Annual report of the Punjab Veterinary College and of the Civil Veterinary Department, Punjab - 1926-1932
Year: 1926
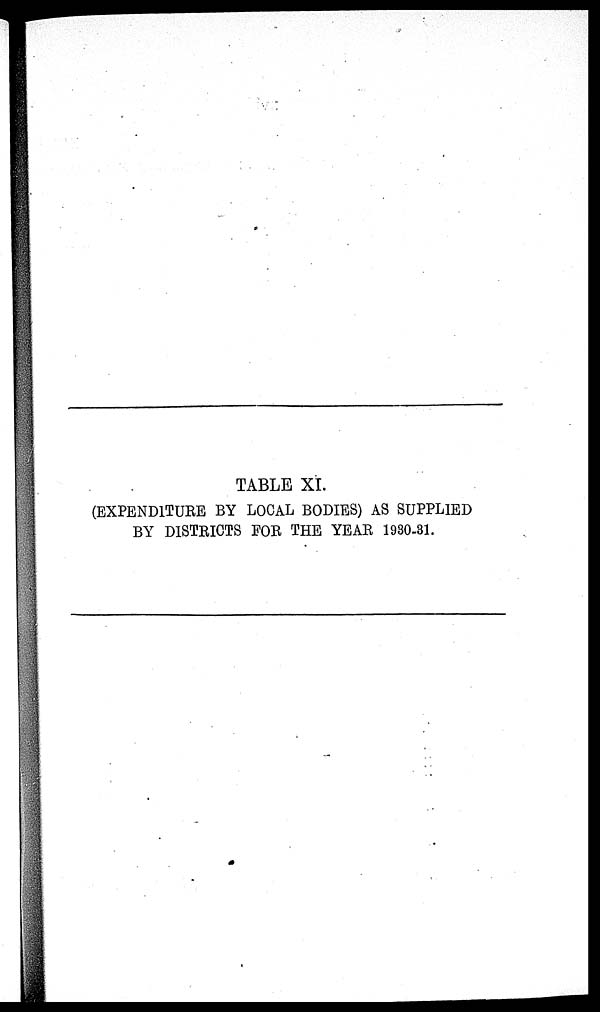
TABLE XI.
(EXPENDITURE BY LOCAL BODIES) AS SUPPLIED
BY DISTRICTS FOR THE YEAR 1930-31.